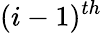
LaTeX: (i-1)^{th}